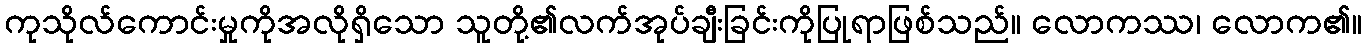
ကုသိုလ်ကောင်းမှုကိုအလိုရှိသော သူတို့၏လက်အုပ်ချီးခြင်းကိုပြုရာဖြစ်သည်။ လောကဿ၊ လောက၏။